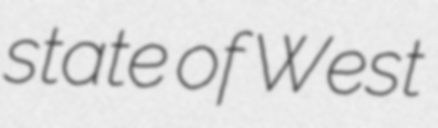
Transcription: state of West